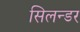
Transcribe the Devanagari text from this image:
सिलन्डर